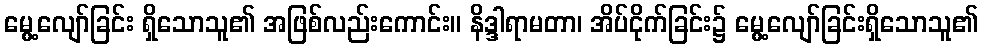
မွေ့လျော်ခြင်း ရှိသောသူ၏ အဖြစ်လည်းကောင်း။ နိဒ္ဒါရာမတာ၊ အိပ်ငိုက်ခြင်း၌ မွေ့လျော်ခြင်းရှိသောသူ၏